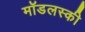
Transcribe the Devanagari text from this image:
मॉडलस्की